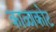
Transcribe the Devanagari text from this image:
काळाकोट